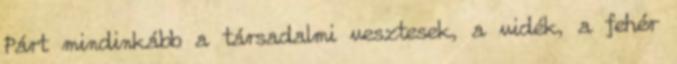
Párt mindinkább a társadalmi vesztesek, a vidék, a fehér